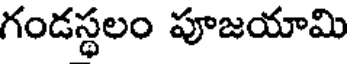
గండస్థలం పూజయామి